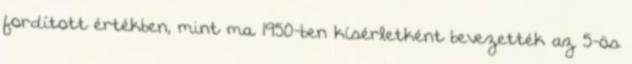
fordított értékben, mint ma. 1950-ben kísérletként bevezették az 5-ös